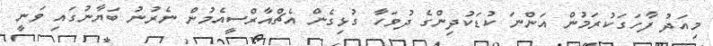
މިއަދު ފާހަގަކުރަމުން އަންނަ ކުޑަކުދިންގެ ދުވަހާ ގުޅިގެން އެޗްއާރްސީއެމުން ނެރުނު ބަޔާނުގައި ވަނީ